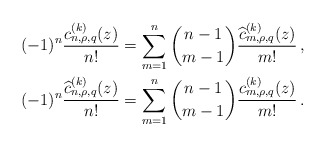
\begin{align*} (-1)^n\frac{c_{n,\rho,q}^{(k)}(z)}{n!}&=\sum_{m=1}^n\binom{n-1}{m-1}\frac{\widehat c_{m,\rho,q}^{(k)}(z)}{m!}\,,\\(-1)^n\frac{\widehat c_{n,\rho,q}^{(k)}(z)}{n!}&=\sum_{m=1}^n\binom{n-1}{m-1}\frac{c_{m,\rho,q}^{(k)}(z)}{m!}\,. \end{align*}